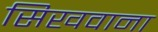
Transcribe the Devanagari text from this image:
सिखवाना